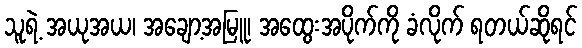
သူရဲ့ အယုအယ၊ အချော့အမြူ၊ အထွေးအပိုက်ကို ခံလိုက် ရတယ်ဆိုရင်